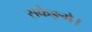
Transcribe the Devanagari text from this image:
सकेङ्गे।